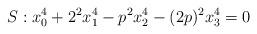
LaTeX: \begin{align*} S: x_0^4 + 2^2x_1^4 - p^2 x_2^4 - (2p)^2x_3^4 = 0\end{align*}